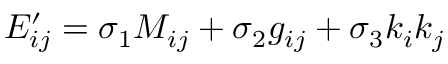
E _ { i j } ^ { \prime } = \sigma _ { 1 } M _ { i j } + \sigma _ { 2 } g _ { i j } + \sigma _ { 3 } k _ { i } k _ { j }